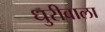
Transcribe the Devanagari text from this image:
धुरीवाला